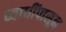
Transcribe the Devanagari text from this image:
व्याधींपासून